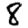
Digit: 8